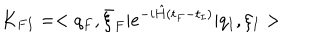
K _ { F I } = < q _ { F } , \bar { \xi } _ { F } \vert e ^ { - i \hat { H } ( t _ { F } - t _ { I } ) } \vert q _ { I } , \xi _ { I } >